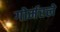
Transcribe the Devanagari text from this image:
गोर्मरले